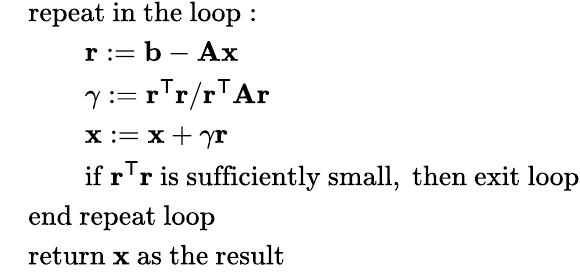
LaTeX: {\begin{array}{rl}&{{\mathrm{repeat~in~the~loop:}}}\\ &{\qquad\mathbf{r}:=\mathbf{b}-\mathbf{Ax}}\\ &{\qquad\gamma:={\mathbf{r}^{\mathsf{T}}\mathbf{r}}/{\mathbf{r}^{\mathsf{T}}\mathbf{Ar}}}\\ &{\qquad\mathbf{x}:=\mathbf{x}+\gamma\mathbf{r}}\\ &{\qquad{\mathrm{if~}}\mathbf{r}^{\mathsf{T}}\mathbf{r}{\mathrm{~is~sufficiently~small,~then~exit~loop}}}\\ &{{\mathrm{end~repeat~loop}}}\\ &{{\mathrm{return~}}\mathbf{x}{\mathrm{~as~the~result}}}\end{array}}